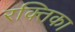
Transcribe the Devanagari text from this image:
रक्तिका